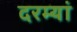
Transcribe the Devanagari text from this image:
दरम्‍यां